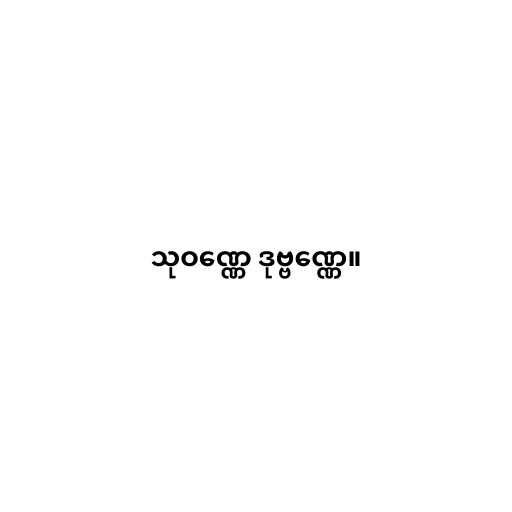
သုဝဏ္ဏေ ဒုဗ္ဗဏ္ဏေ။